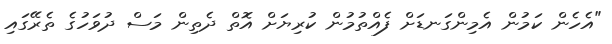
"އެހެން ކަމުން އެމިންގަނޑަށް ފެއްތުމުން ކުރިޔަށް އޮތް ދެތިން މަސް ދުވަހުގެ ތެރޭގައި